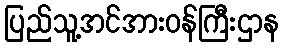
ပြည်သူ့အင်အားဝန်ကြီးဌာန